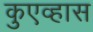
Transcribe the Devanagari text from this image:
कुएव्हास